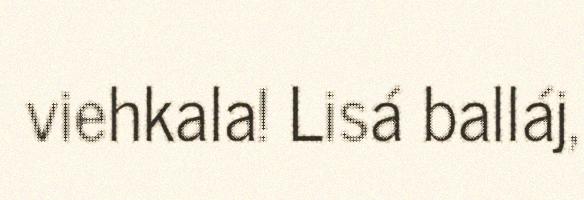
viehkala! Lisá balláj,